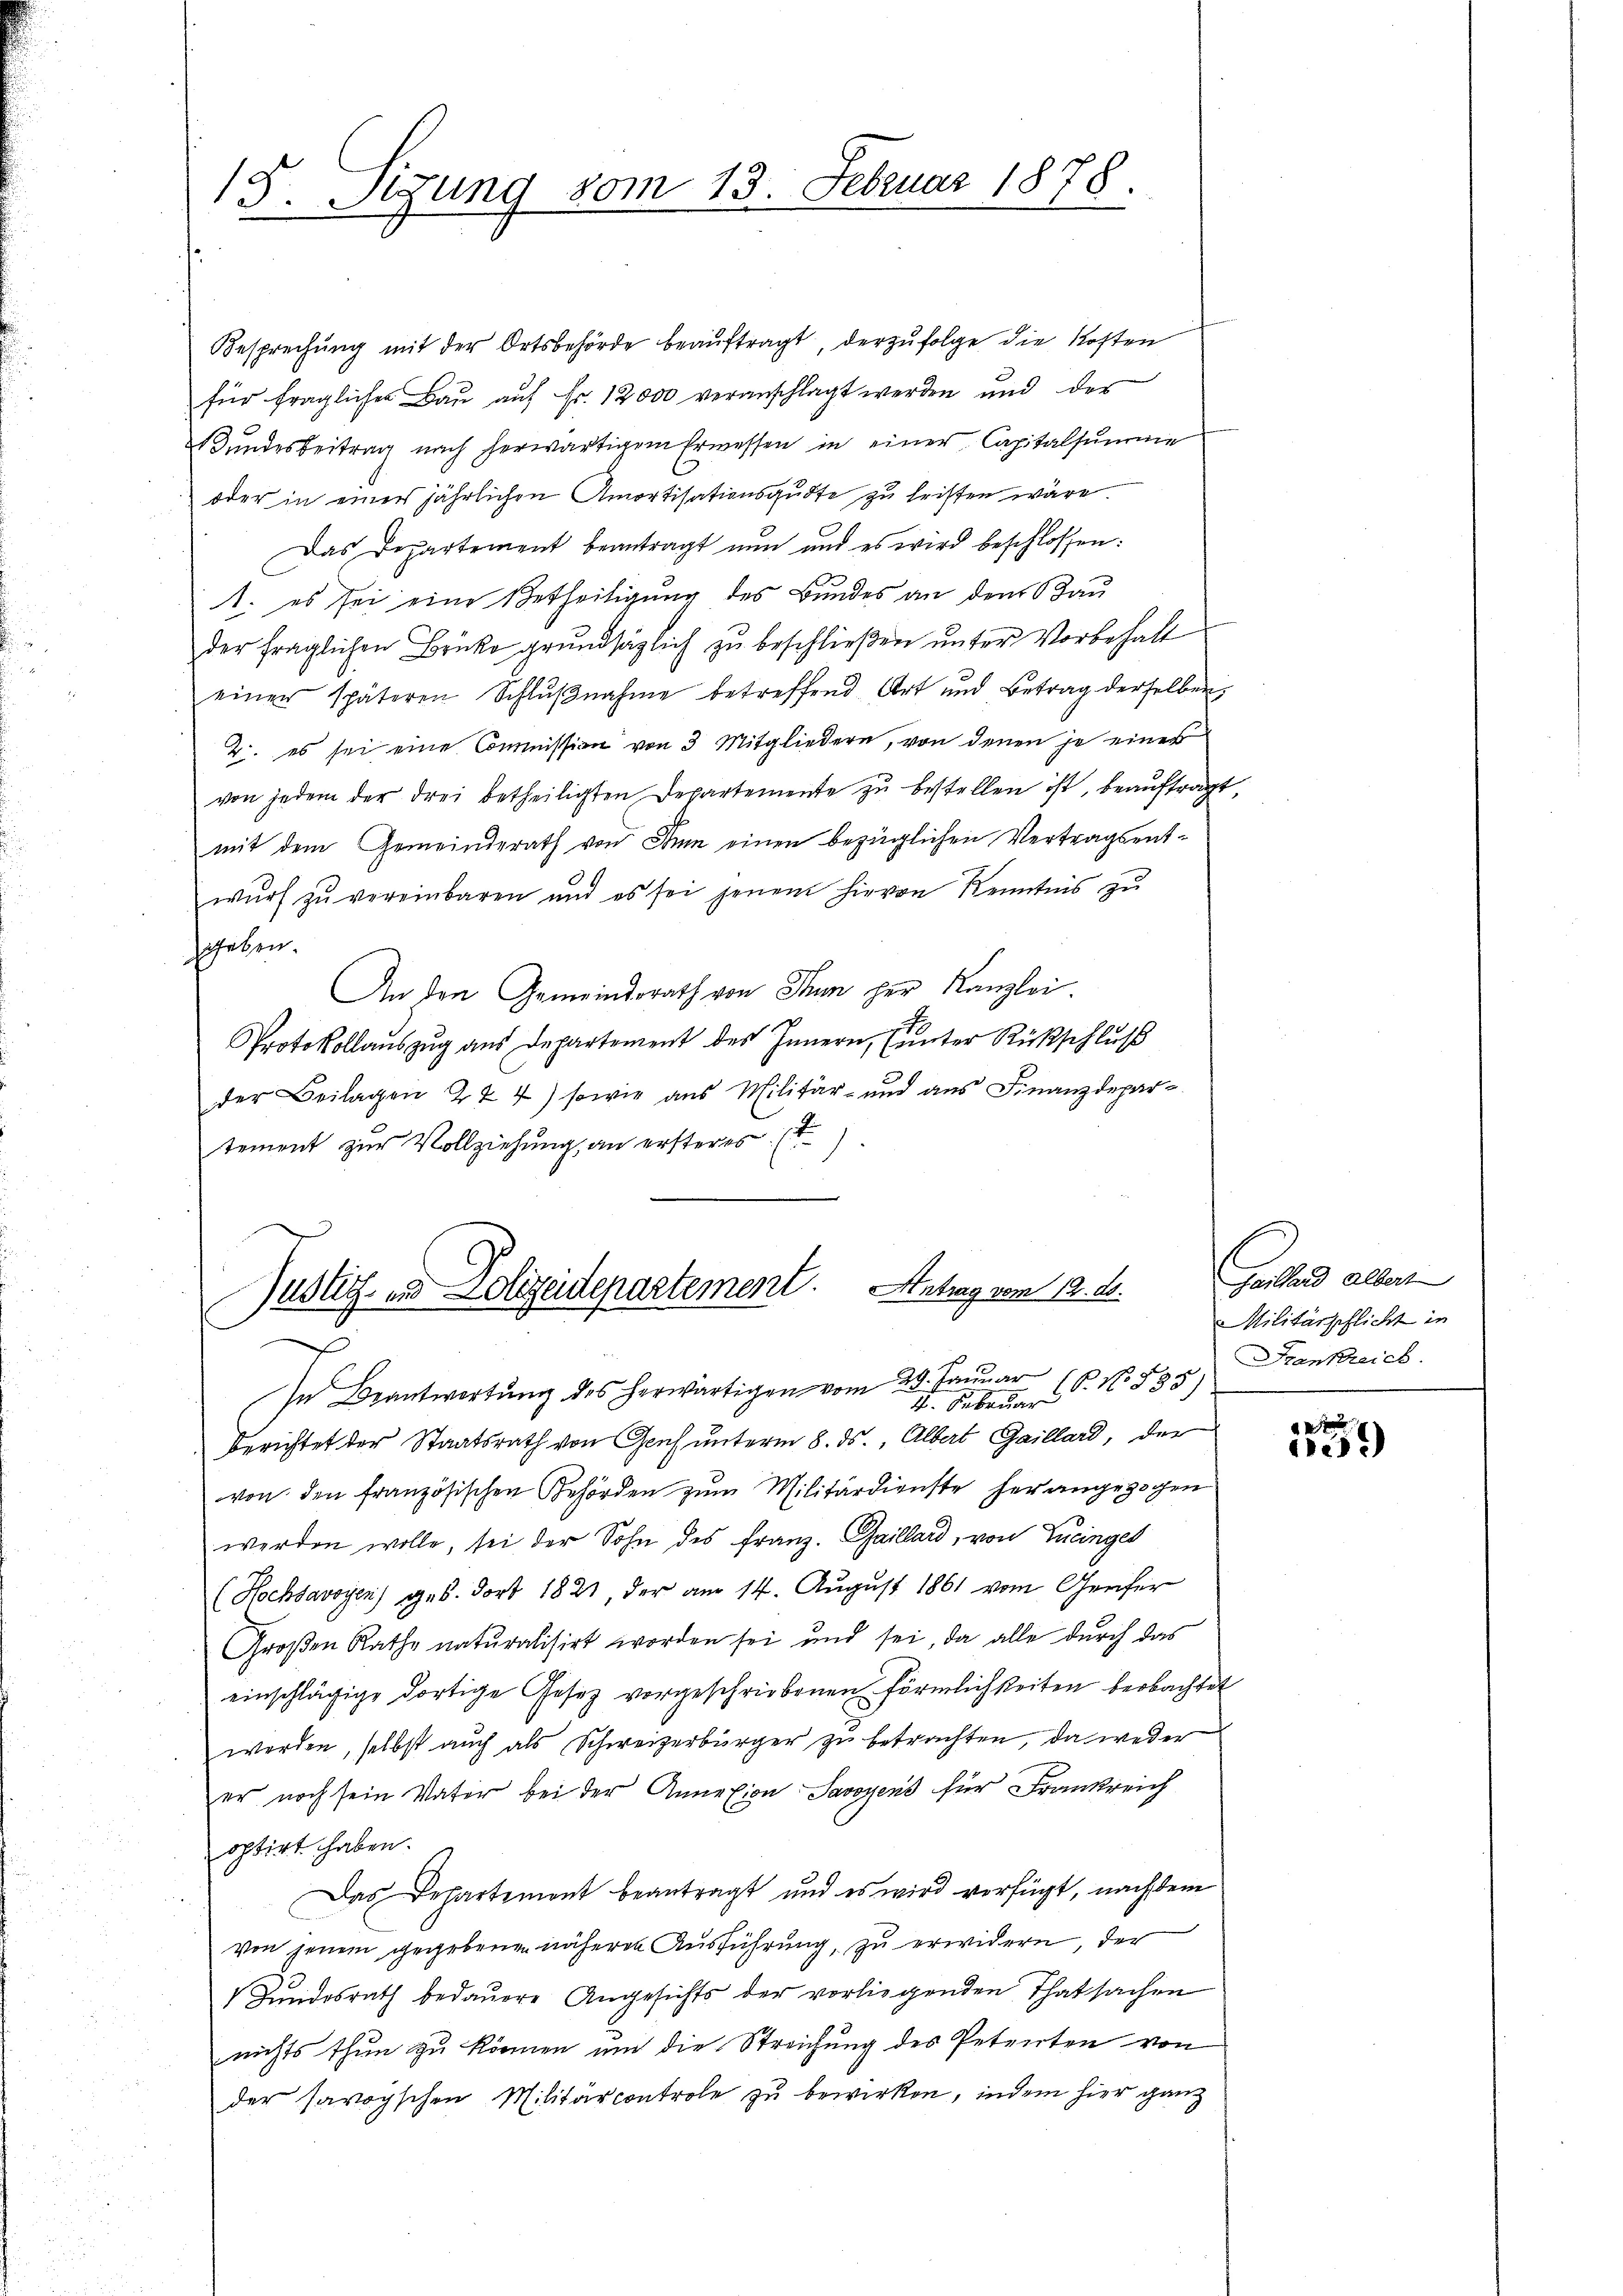
15. Sigung vom 13. Februar 1878.

Besprechung mit der Ortsbehörde beauftragt, derzufolge die Kosten
für fraglicher Bau auf Fr. 12000 veranschlagt werden und der
Bundesbeitrag nach herwärtigem Ermessen in einer Capitalsumme
oder in einer jährlichen Amortisationsgute zu triften wäre.
Das Departement beantragt nun und es wird beschlossen:
1. es sei eine Betheiligung des Bundes an den Bau
der fraglichen Brüke grundsätzlich zu beschließen unter Vorbehalt
einer späteren Schlŭβnahme betreffend Art und Betrag derselben
2. es sei eine Commission von 3 Mitgliedern, von denen je einer
von jedem der drei betheiligten Departemente zu bestellen ist, beauftragt,
mit dem Gemeinderath von Sinn einen bezüglichen Vertragsentwŭrf zu vereinbaren und es sei jenem hievon Kenntnis zŭ
schehen.
An den Gemeindsrath von Thun her Kanzlei.
p
Protokollauszug aus Departement des Innern, (unter Rückschluß
der Beilagen 224) sowie aus Militär- und aus Finanzdepar-
tement zur Vollziehung, an ersteres (

Justiz in Polizeidepartement. Antrag vom 12. ds.

In Beantwortung des herwärtigen vom 29. Januar
 ebene No. 535
berichtet der Staatsrath von Genf unterm 8. ds. Albert Gaillard, der
von den französischen Behörden zum Militärdienste herangezogen
werden wolle, sei der Sohn des Franz. Gaillard, von Lucinges
(Hochsavoyen) geb. dort 1821, der am 14. August 1861 vom Genfer
Großen Rathe naturalisirt worden sei und sei, da alle durch das
einschlägige dortige Gesetz vorgeschriebenen förmlichkeiten beobachtet
werden, selbst auch als Schweizerbürger zu betrachten, da weder
er noch sein Vater bei der Annation Savoyens für Frankreich
optirt haben.
Das Departement beantragt und es wird verfügt, nachdem
von jenem gegebenen näheren Ausführung, zu erwidern, der
 Zŭndesrath bedauere Angesichts der vorliegenden Thatsachen
nichts thun zu können um die Streichung des Petenten von
der savoyschen Militärcontrole zu bewirken, indem hier ganz

Gonhard allert
Militärpflicht in
Frankreich

1252)